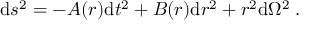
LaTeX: \mathrm { d } s ^ { 2 } = - A ( r ) \mathrm { d } t ^ { 2 } + B ( r ) \mathrm { d } r ^ { 2 } + r ^ { 2 } \mathrm { d } \Omega ^ { 2 } \; .